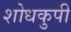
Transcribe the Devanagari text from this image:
शोधकुपी